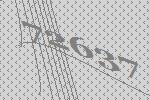
72637